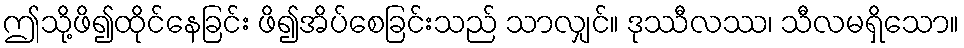
ဤသို့ဖိ၍ထိုင်နေခြင်း ဖိ၍အိပ်စေခြင်းသည် သာလျှင်။ ဒုဿီလဿ၊ သီလမရှိသော။